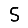
Digit: 5